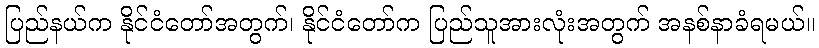
ပြည်နယ်က နိုင်ငံတော်အတွက်၊ နိုင်ငံတော်က ပြည်သူအားလုံးအတွက် အနစ်နာခံရမယ်။